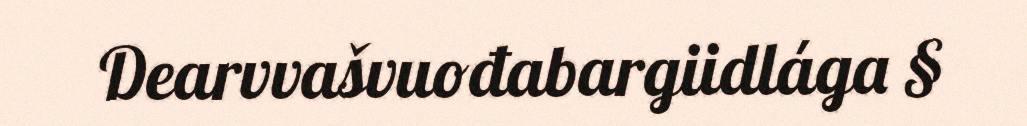
Dearvvašvuođabargiidlága §